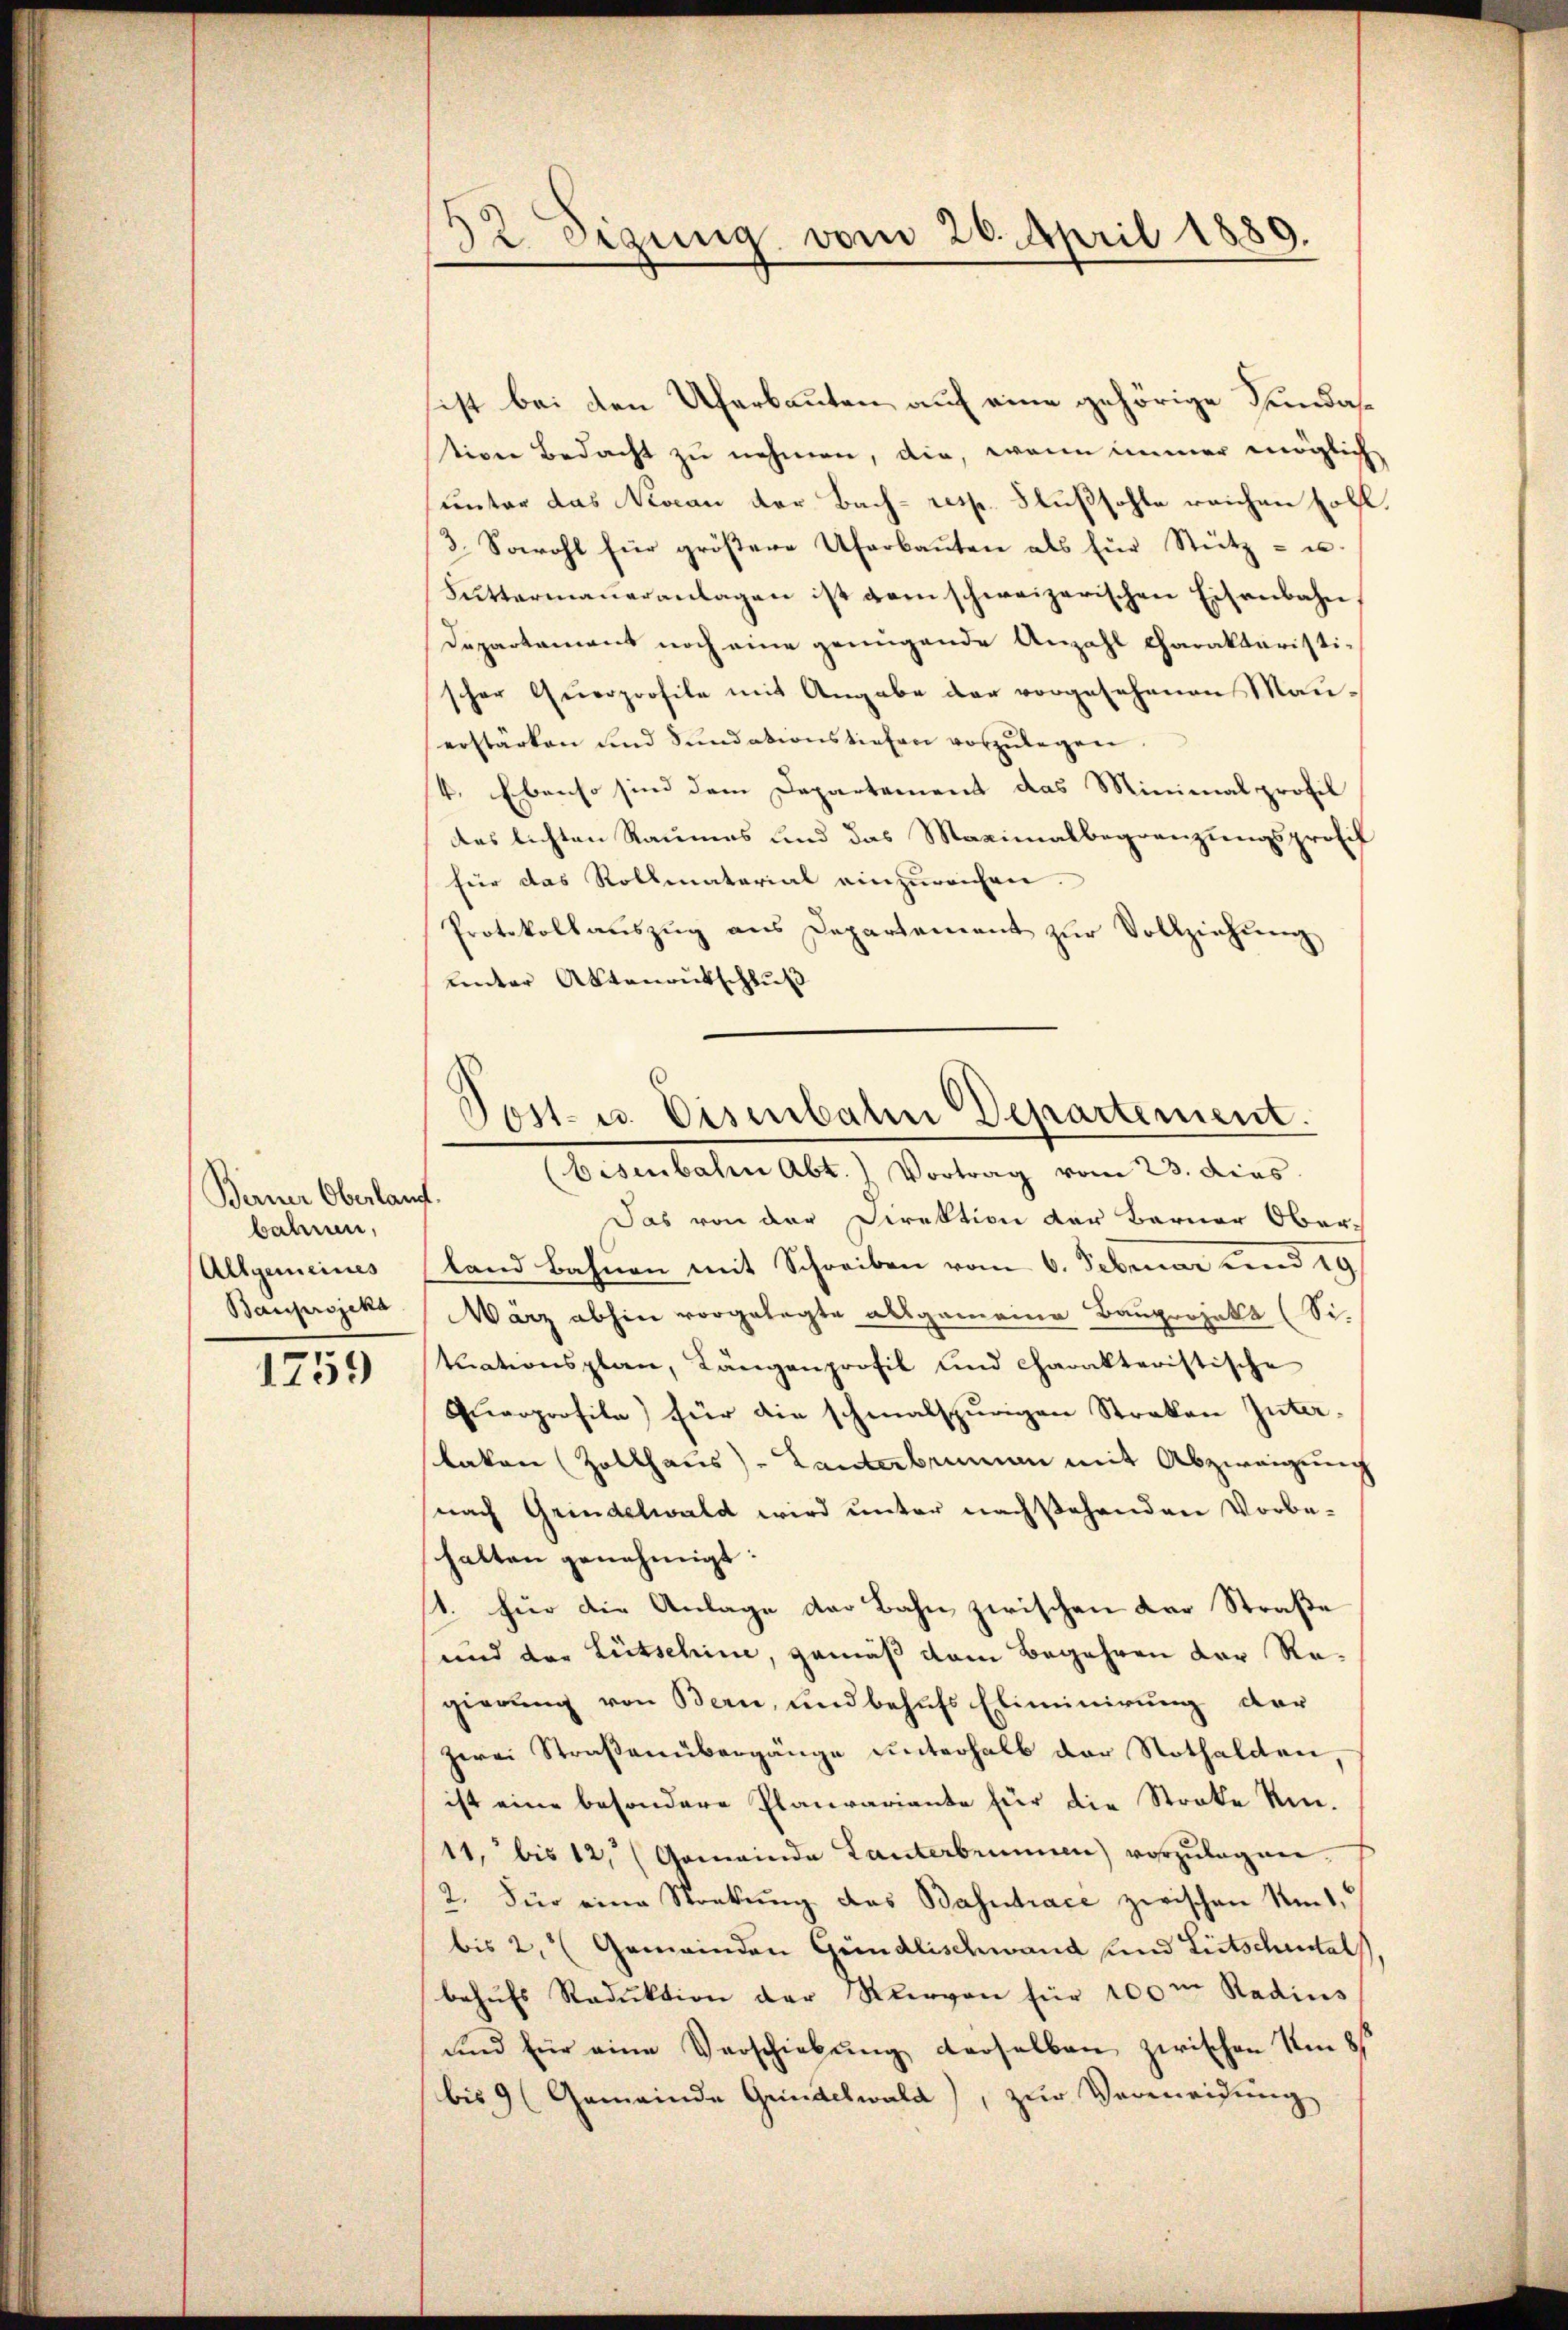
Berner Oberlang.
bahnen,
Allgemeines
Bauprojeka

1759

x
di erzung vom 26. April 1889.

sist bei den Uferbauten auf eine gehörige Fundastion Bedacht zu nehmen, die, wenn immer möglich
unter das Niveau der Bach- resp. Flußsohle reichen soll.
3. Sowohl für größere Uferbauten als für Stütz- u.
Futtermaueranlagen ist dem schweizerischen Eisenbahn,
Departamens noch eine genügende Anzahl Charakturistischer Querprofile mit Angabe der vorgesehenen Mauerstärken und Sundationstiefen vorzulegen
V. Ebenso sind dem Departement das Minimalprofil
des lichten Raumes und das Maximalbegrenzungsprofif
für das Rollmaterial einzureichen.
Protokollaŭszŭg ans Departement zŭr Vollziehŭng
unter Aktenantschluß

x
.
ost- u. Eisenbaten Departement.
bisenbahn Abt. Vortrag vom 23. dies

Das von der Direktion der Berner Ober-
land bahnen mit Schreiben vom 6. Februar und 19
Wärz abhin vorgelegte allgemeine Bauprojekt (Si-
tuationsplan, Längenprofil und charakteristische
Querprofile) für die schmalspurigen Streken Interlaken (Zollhaus) - Kanterbenman mit Abzweigung
nach Grindelwald wird unter nachstehenden Vorbe-
halten genehmigt.
1. für die Anlage der Bahn zwischen der Straße
und der Lütschine, gemäß dem Begehren der Regierung von Bern, und behufs Eliminirung der
zwei Straßenübergänge unterhalb der Nothalden,
ist eine besondere Planvariante für die Stocke kin¬
11. bis 12 (Gemeinde Lanterbrunnen) vorzŭlegen.
2. Für eine Strebung des Bahntrace zwischen Amt,
bis 2. Gemeinden Gündlischwand und Litschustel
behŭfs Reduktion der Nervon für 100m Radius
und für eine Verschiebung derselben zwischen Ums
bis 9 (Gemeinde Grindelwald), zur Vermeidung
.